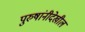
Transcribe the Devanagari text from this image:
पुरुषांनीदेखील